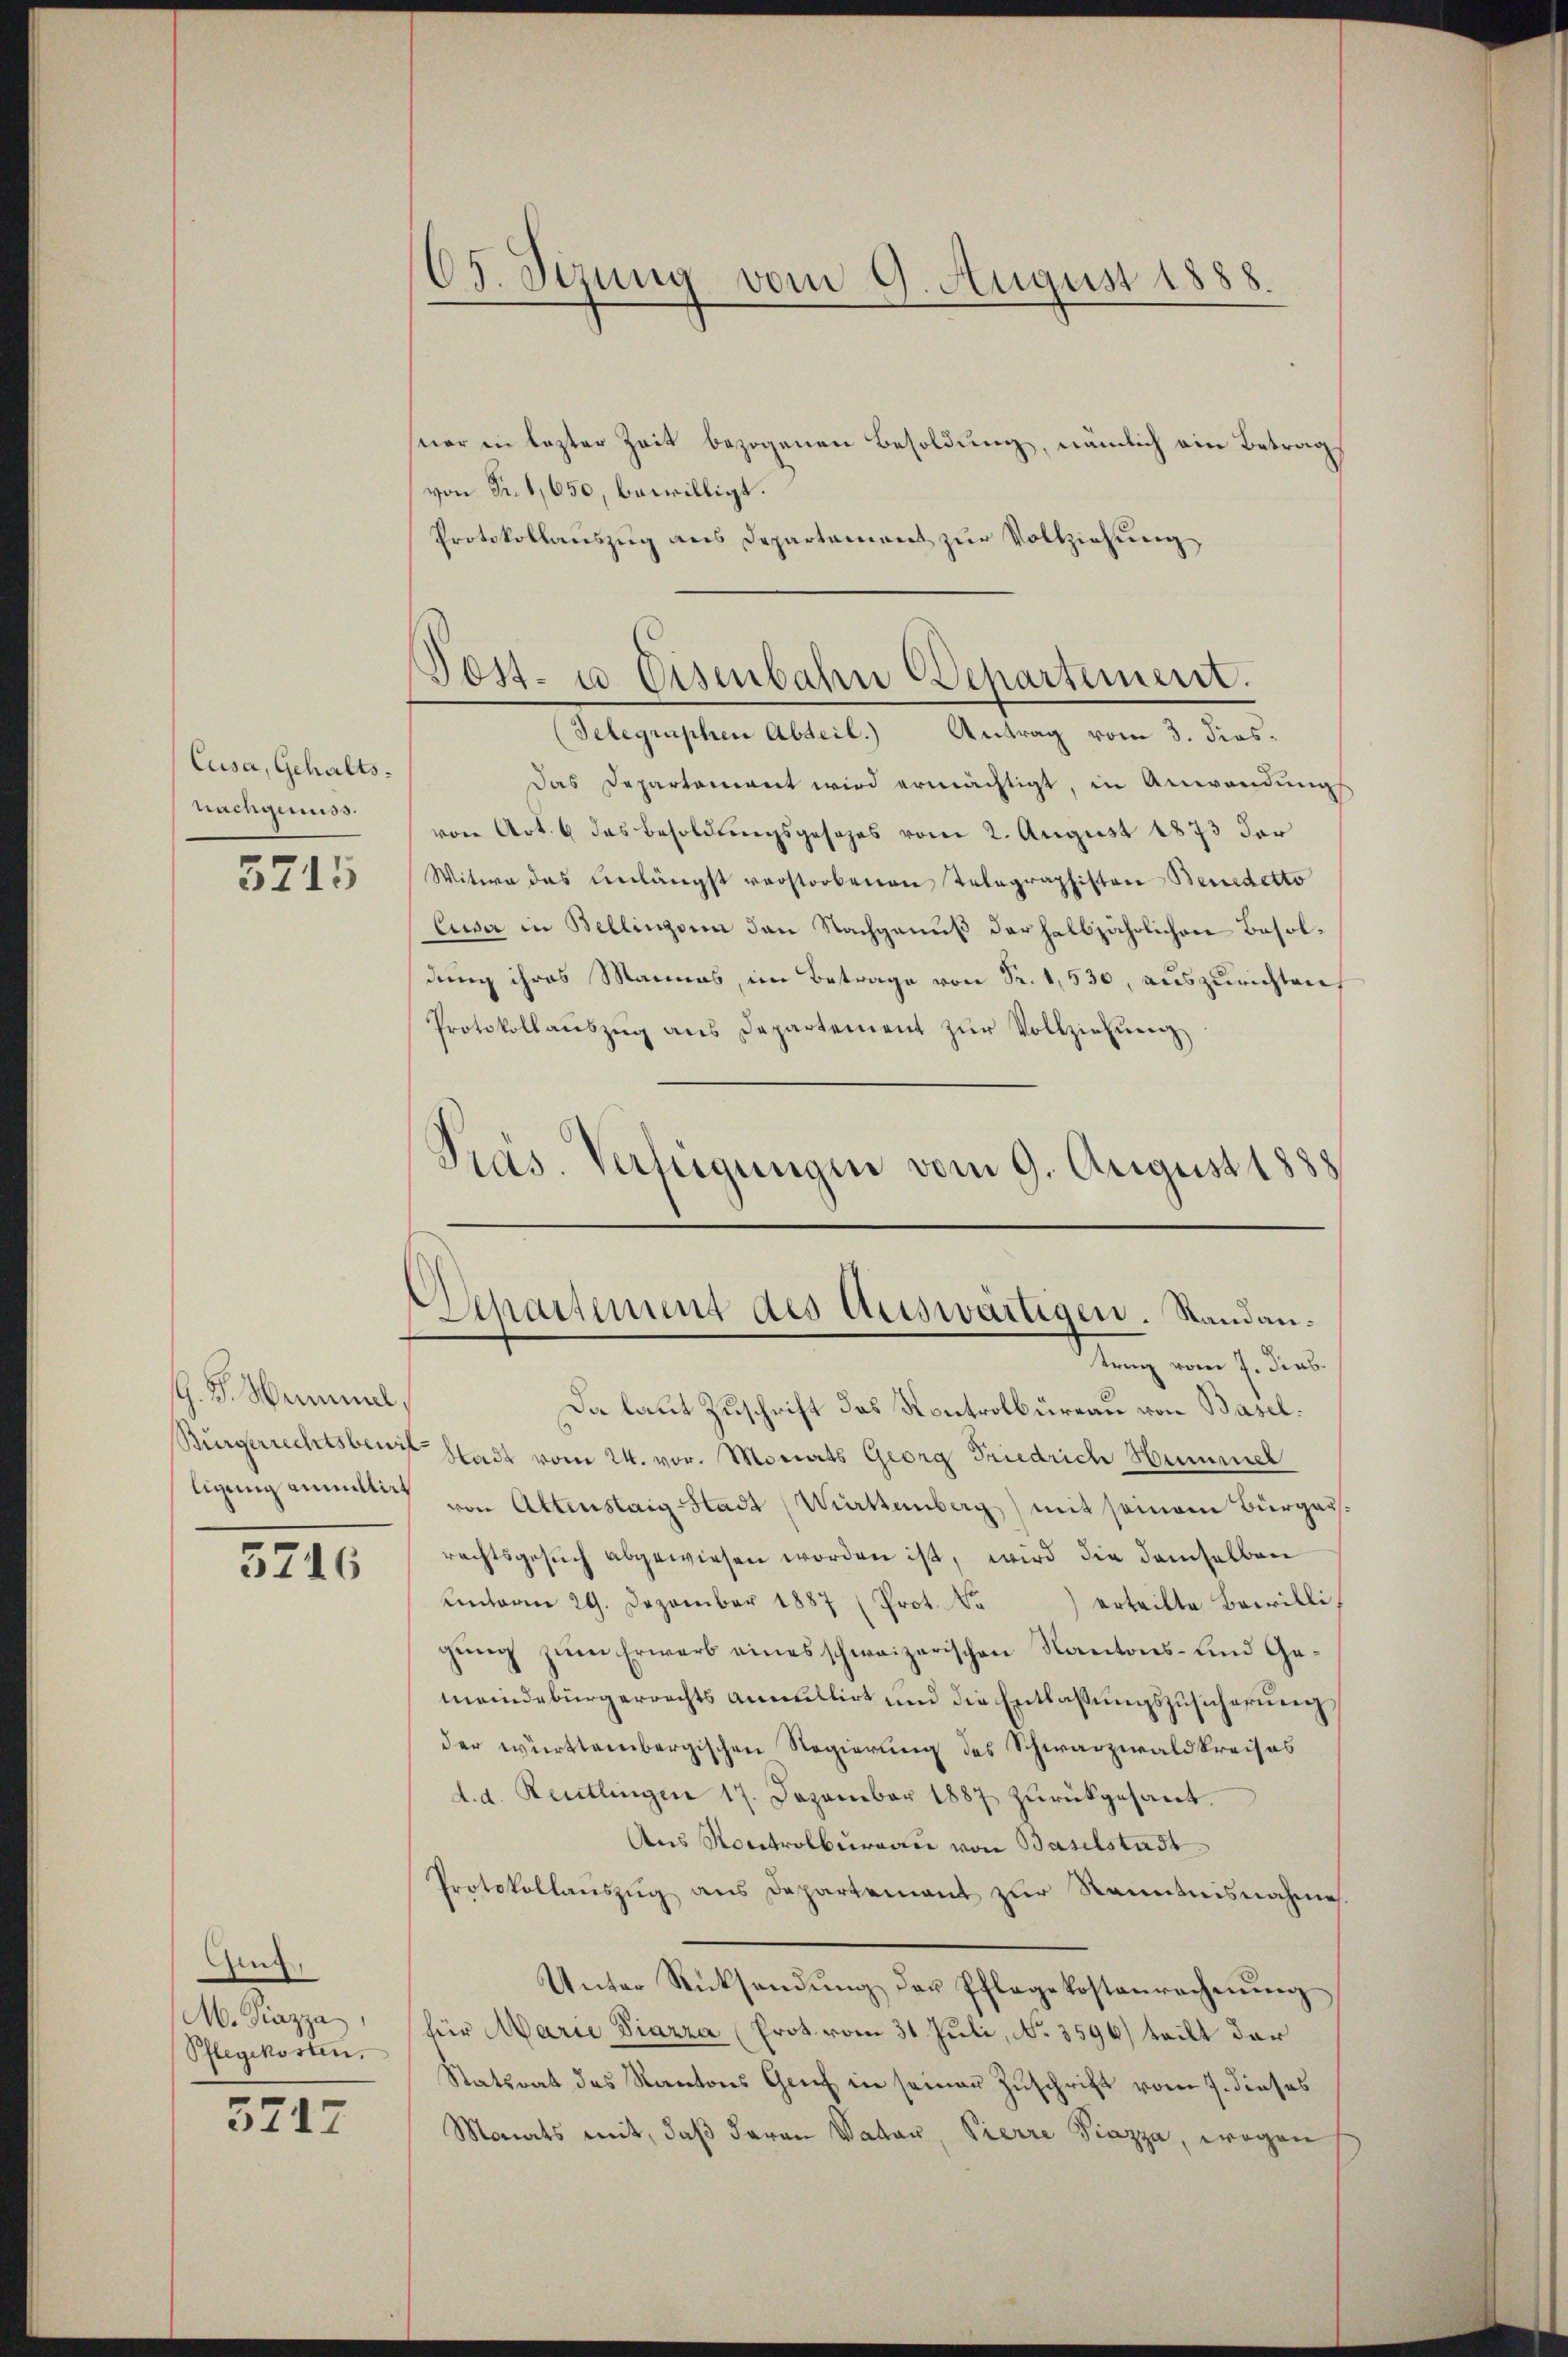
Cusa, Gehaltsnachgenuss.

5715

G. P. Weinmal,

5716

Ging,
M. Piazza,
Pflegekosten,

3717

65. Sezung vom 9. August 1888.

seer in lezter Zeit bezogenen Besoldung, nämlich ein Betrag
von Fr. 1,650, bewilligt.
Protokollauszug aus Departement zur Vollziehung

Post- u. Eisenbahn Departement.

Separtement des Auswärtigen. Standantrag vom 7. Jens

(Telegraphen Abteil.) Antrag vom 3. Fies¬
Das Departament wird ermächtigt, in Anwendung
von Art. 6 das Besoldungsgesezes vom 2. August 1873 der
Witwe das unlängst verstorbenen Telegraphisten Benedetto
luser in Bellinzona den Nachgenuß der halbjährlichen Besoldung ihres Mannes, im Betrage von Fr. 1,530, auszurichten
Protokollaŭszŭg ans Departement zŭr Vollziehung
Präs. Verfügungen vom 9. August 1888

Da laut Zuschrift das Kontrolbureau von Basel.
Bürgerrechtsben Stadt vom 24. vor. Monats Georg Friedrich Hummel
ligung anmitti von Altenstaig Stadt (Württemberg) mit seinem Bürgersrechtsgesŭch abgewiesen worden ist, wird die demselben
Lnterm 29. Dezember 1887 (Prot. No
erteilte Bewilligung zum Erwarb eines schweizerischen Kantons- und Gemeindebürgerrechts annullirt und die Entlaßungszusicherung
der württembergischen Regierung des Schwarzwaldkreises
d. d. Reutlingen 17. Dezember 1887 zurückgesant.
Aus Roctrolburgau von Baselstadt.
Protokollaŭszŭg ans Departement zur Kenntnisnahme.
Unter Rücksendŭng der Pflegekostenrechnŭng
für Marie Piazza (Prot vom 31. Juli, No. 3596) teilt der
Statsrat des Kantons Genf in seiner Zuschrift vom 7. dieses
Monats mit, daß daran Watan, Pierre Piazza, wegen